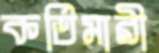
কর্তিমারী